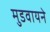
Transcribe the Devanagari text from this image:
मुडवायने